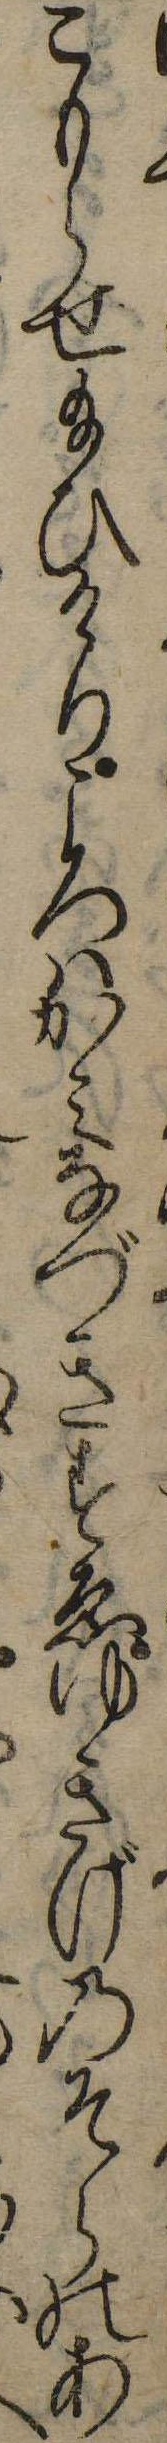
こもらせ給ひけりころはかみなづきすゑゆきげのそらのあ